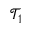
\mathcal { T } _ { 1 }